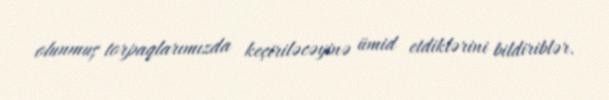
olunmuş torpaqlarımızda keçiriləcəyinə ümid etdiklərini bildiriblər.